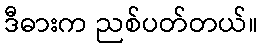
ဒီဓားက ညစ်ပတ်တယ်။